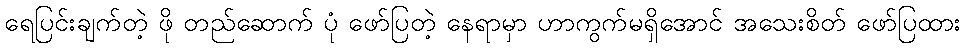
ရေပြင်းချက်တဲ့ ဖို တည်ဆောက် ပုံ ဖော်ပြတဲ့ နေရာမှာ ဟာကွက်မရှိအောင် အသေးစိတ် ဖော်ပြထား